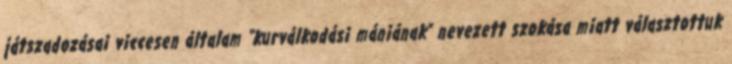
játszadozásai viccesen általam “kurválkodási mániának” nevezett szokása miatt választottuk